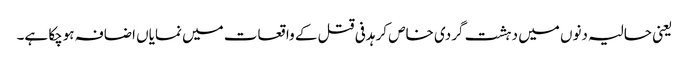
یعنی حالیہ دنوں میں دہشت گردی خاص کر ہدفی قتل کے واقعات میں نمایاں اضافہ ہوچکا ہے۔